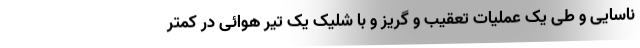
ناسایی و طی یک عملیات تعقیب و گریز و با شلیک یک تیر هوائی در کمتر